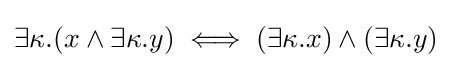
\exists \kappa .(x\wedge \exists \kappa .y)\iff (\exists \kappa .x)\wedge (\exists \kappa .y)